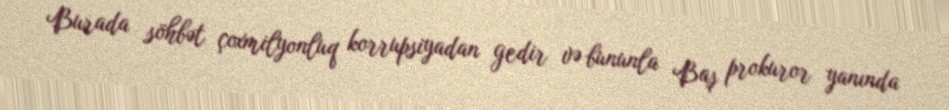
Burada söhbət çoxmilyonluq korrupsiyadan gedir və bununla Baş prokuror yanında